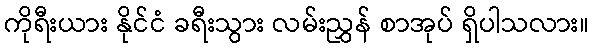
ကိုရီးယား နိုင်ငံ ခရီးသွား လမ်းညွှန် စာအုပ် ရှိပါသလား။